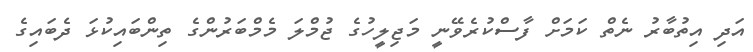
އަދި އިތުބާރު ނެތް ކަމަށް ފާސްކުރެވޭނީ މަޖިލީހުގެ ޖުމްލަ މެމްބަރުންގެ ތިންބައިކުޅަ ދެބައިގެ